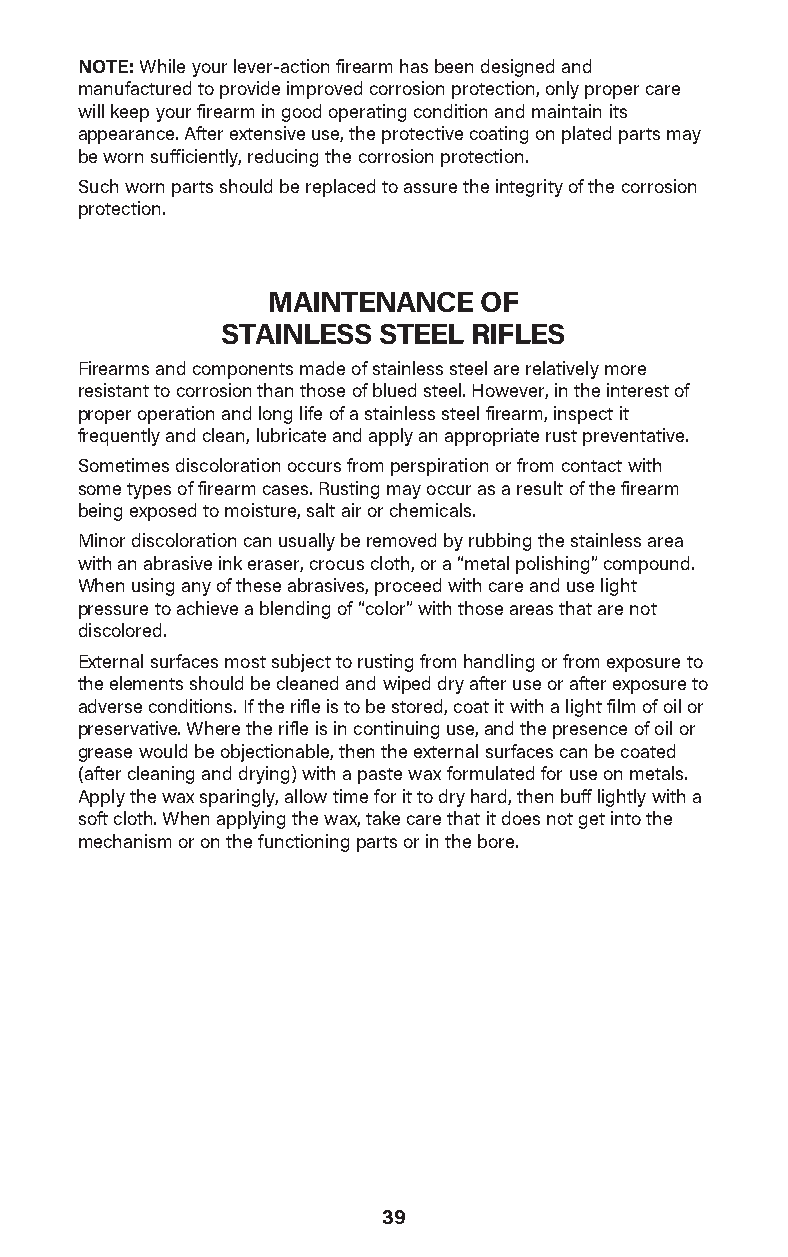
NOTE: While your lever-action firearm has been designed and
 manufactured to provide improved corrosion protec tion, only proper care
 will keep your firearm in good operating condition and maintain its
 appearance. After extensive use, the protective coating on plated parts may
 be worn suffi ciently, reducing the corrosion protec tion.
 Such worn parts should be replaced to assure the integrity of the corrosion
 protection.
 MAINTENANCE   OF
 STAINLESS STEEL RIFLES
 Firearms and components made of stainless steel are relatively more
 resistant to corrosion than those of blued steel. However, in the interest of
 proper operation and long life of a stainless steel firearm, inspect it
 frequently and clean, lubricate and apply an appropriate rust preventative.
 Sometimes discoloration occurs from perspiration or from contact with
 some types of firearm cases. Rusting may occur as a result of the firearm
 being exposed to moisture, salt air or chemicals.
 Minor discoloration can usually be removed by rubbing the stainless area
 with an abrasive ink eraser, crocus cloth, or a “metal polishing” compound.
 When using any of these abrasives, proceed with care and use light
 pressure to achieve a blending of “color” with those areas that are not
 discolored.
 External surfaces most subject to rusting from handling or from exposure to
 the elements should be cleaned and wiped dry after use or after exposure to
 adverse conditions. If the rifle is to be stored, coat it with a light film of oil or
 preservative. Where the rifle is in continuing use, and the presence of oil or
 grease would be objectionable, then the external surfaces can be coated
 (after cleaning and drying) with a paste wax formulated for use on metals.
 Apply the wax sparingly, allow time for it to dry hard, then buff lightly with a
 soft cloth. When applying the wax, take care that it does not get into the
 mechanism or on the functioning parts or in the bore.
 39